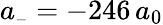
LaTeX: a_{\scriptscriptstyle-}=-246\, a_{0}